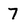
Character: 7